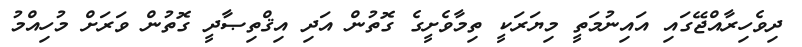
ދިވެހިރާއްޖޭގައި އައިނުމަތީ މިޔަރަކީ ތިމާވެށީގެ ގޮތުން އަދި އިޤްތިޞާދީ ގޮތުން ވަރަށް މުހިއްމު